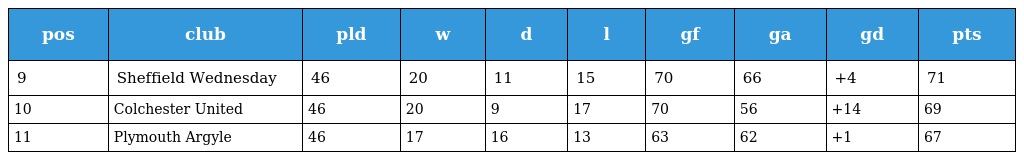
| pos | club | pld | w | d | l | gf | ga | gd | pts |
 | --- | --- | --- | --- | --- | --- | --- | --- | --- | --- |
 | 9 | Sheffield Wednesday | 46 | 20 | 11 | 15 | 70 | 66 | +4 | 71 |
 | 10 | Colchester United | 46 | 20 | 9 | 17 | 70 | 56 | +14 | 69 |
 | 11 | Plymouth Argyle | 46 | 17 | 16 | 13 | 63 | 62 | +1 | 67 |